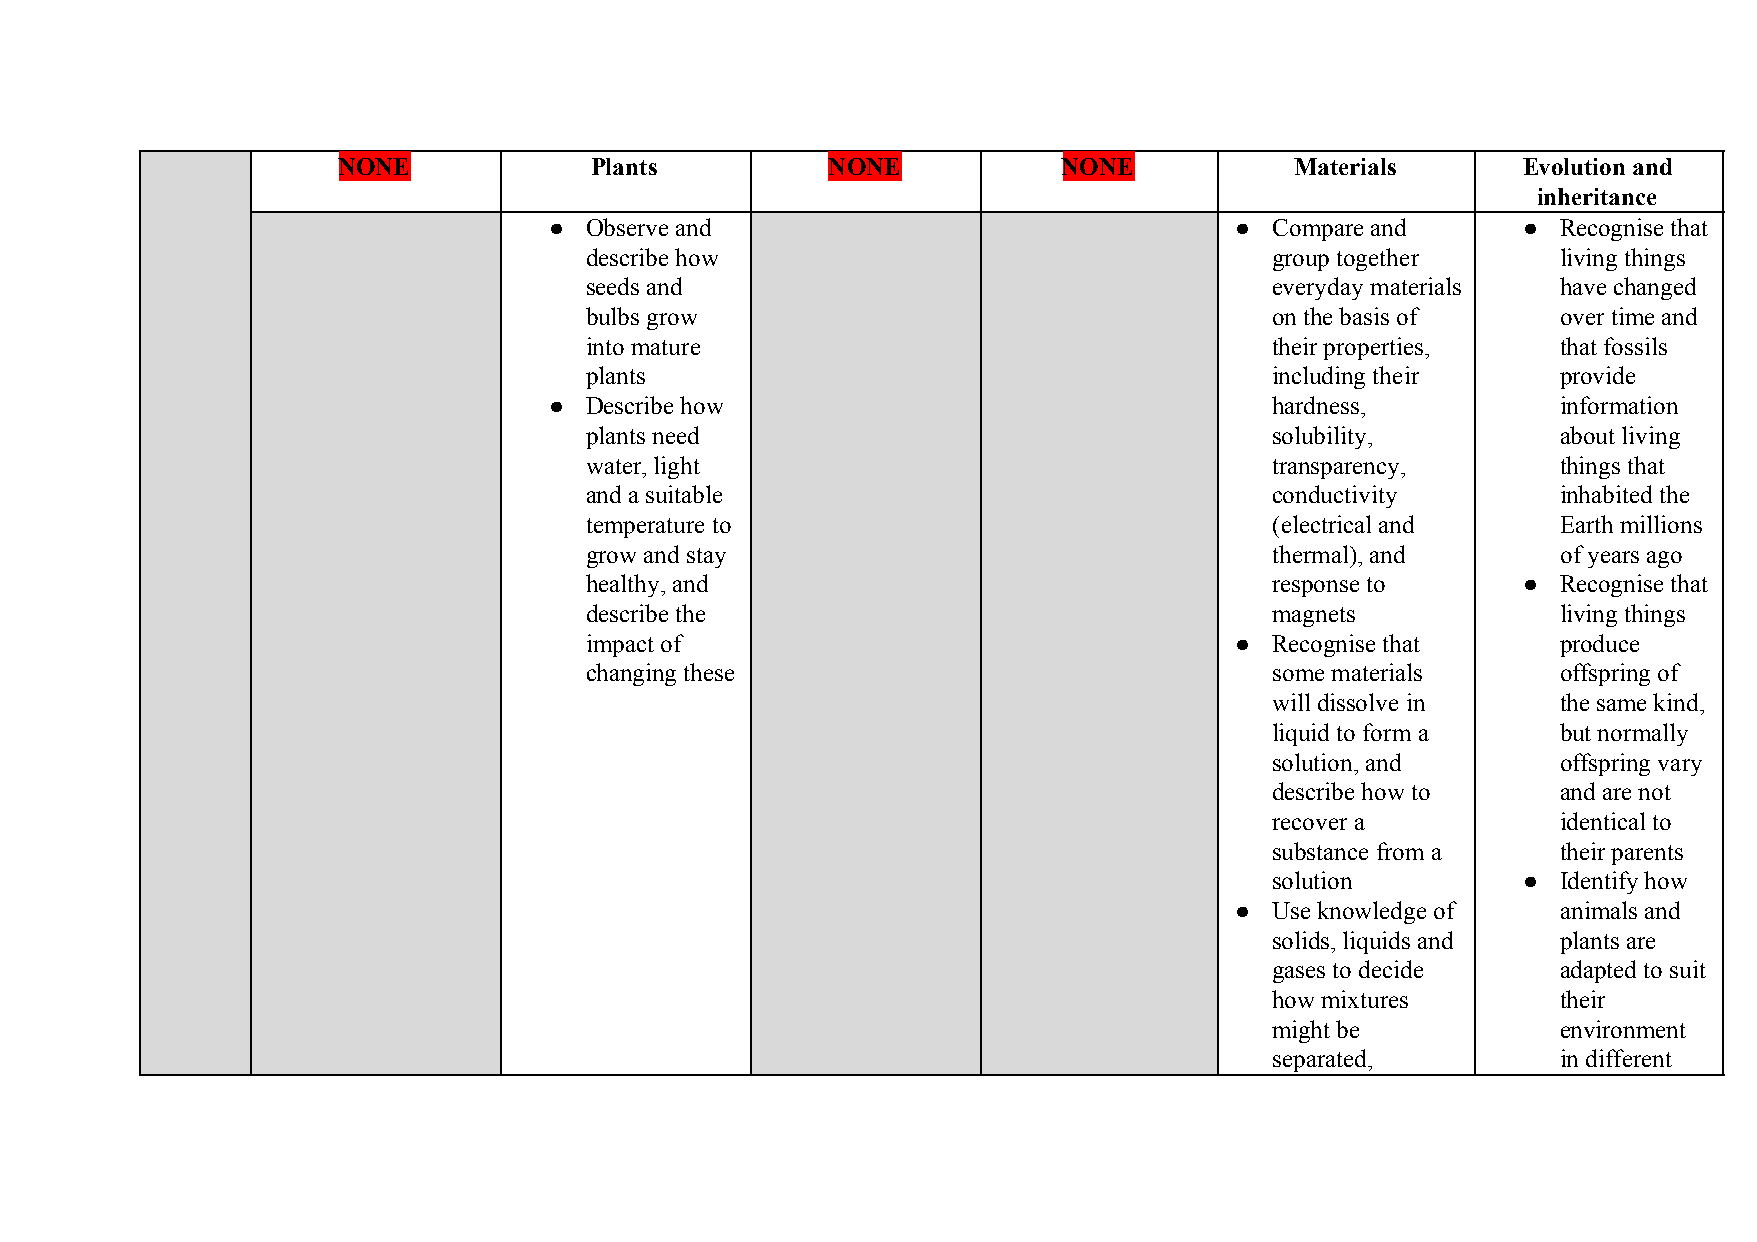
NONE             Plants          NONE           NONE            Materials      Evolution and
 inheritance
 ●  Observe and                                ● Compare and      ● Recognise that
 describe how                                 group together     living things
 seeds and                                    everyday materials have changed
 bulbs grow                                   on the basis of    over time and
 into mature                                  their properties,  that fossils
 plants                                       including their    provide
 ●  Describe how                                 hardness,          information
 plants need                                  solubility,        about living
 water, light                                 transparency,      things that
 and a suitable                               conductivity       inhabited the
 temperature to                               (electrical and    Earth millions
 grow and stay                                thermal), and      of years ago
 healthy, and                                 response to      ● Recognise that
 describe the                                 magnets            living things
 impact of                                  ● Recognise that     produce
 changing these                               some materials     offspring of
 will dissolve in   the same kind,
 liquid to form a   but normally
 solution, and      offspring vary
 describe how to    and are not
 recover a          identical to
 substance from a   their parents
 solution         ● Identify how
 ● Use knowledge of   animals and
 solids, liquids and plants are
 gases to decide    adapted to suit
 how mixtures       their
 might be           environment
 separated,         in different